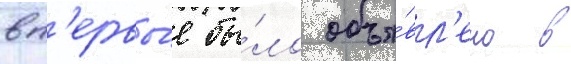
вп'ервы́е бы́ло объя́вл'ено в